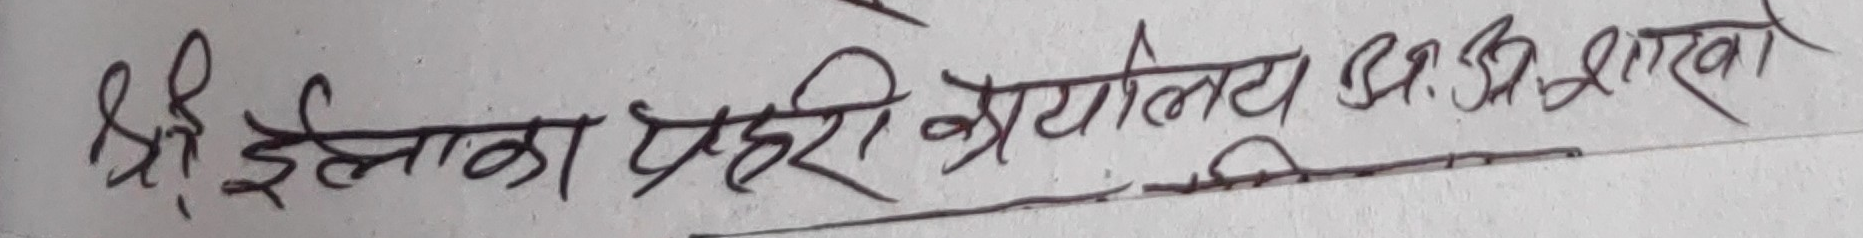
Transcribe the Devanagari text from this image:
श्री इलाका प्रहरी कार्यालय उ.प्र.शाखा।